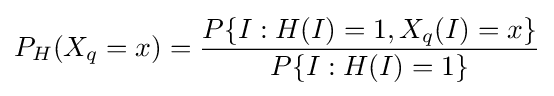
P_{H}(X_{q}=x)={\frac {P\{I:H(I)=1,X_{q}(I)=x\}}{P\{I:H(I)=1\}}}